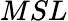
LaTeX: {MSL}